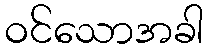
ဝင်သောအခါ